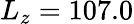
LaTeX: L_{z}=107.0